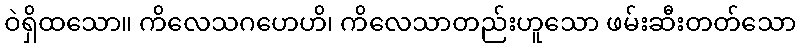
ဝဲရှိထသော။ ကိလေသဂဟေဟိ၊ ကိလေသာတည်းဟူသော ဖမ်းဆီးတတ်သော